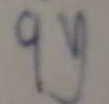
9 y